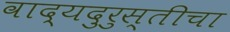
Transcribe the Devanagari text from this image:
वाद्यदुरुस्तीचा